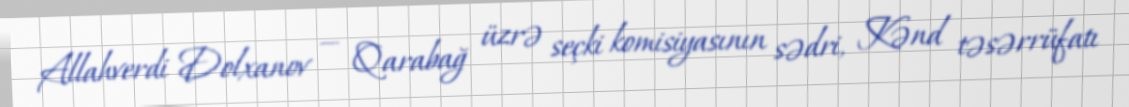
Allahverdi Dolxanov — Qarabağ üzrə seçki komisiyasının sədri, Kənd təsərrüfatı